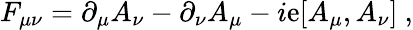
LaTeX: F_{\mu\nu}=\partial_{\mu}A_{\nu}-\partial_{\nu}A_{\mu}-i\mathrm{e}[A_{\mu},A_{\nu}]\ ,